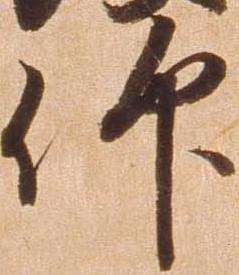
仰